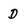
Character: D